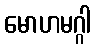
မောဟမဂ္ဂါ